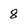
Character: 8